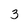
Character: 3